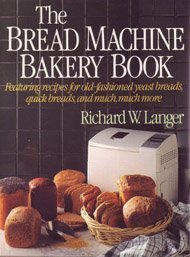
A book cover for The Bread Machine Bakery Book; Richard W. Langer; Cookbooks, Food & Wine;